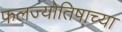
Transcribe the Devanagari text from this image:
फलज्योतिषाच्या